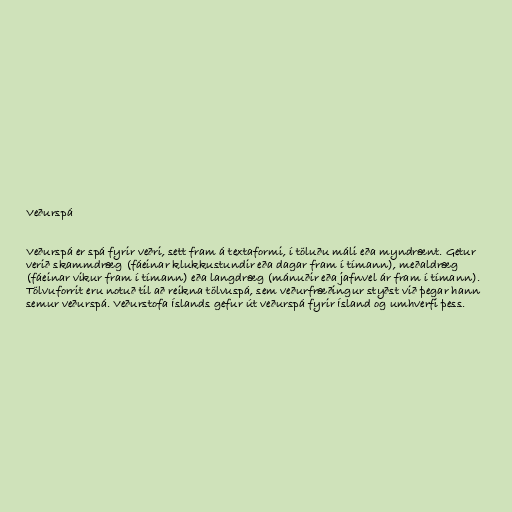
Veðurspá

Veðurspá er spá fyrir veðri, sett fram á textaformi, í töluðu máli eða myndrænt. Getur
verið skammdræg (fáeinar klukkustundir eða dagar fram í tímann), meðaldræg
(fáeinar vikur fram í tímann) eða langdræg (mánuðir eða jafnvel ár fram í tímann).
Tölvuforrit eru notuð til að reikna tölvuspá, sem veðurfræðingur styðst við þegar hann
semur veðurspá. Veðurstofa Íslands gefur út veðurspá fyrir Ísland og umhverfi þess.